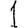
Digit: 1